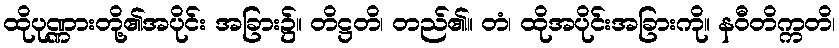
ထိုပုဏ္ဏားတို့၏အပိုင်း အခြား၌။ တိဋ္ဌတိ၊ တည်၏။ တံ၊ ထိုအပိုင်းအခြားကို။ နဝီတိက္ကတိ၊